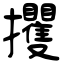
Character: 攫